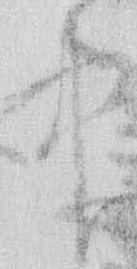
中